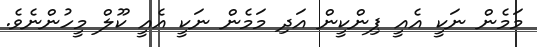
މަމެން ނަކީ އެއީ ޕިންކީން އަދި މަމެން ނަކީ އެއީ ކޫލް މީހުންނެވެ.